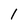
Character: 1